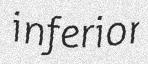
inferior